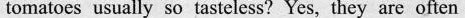
tomatoes usually so tasteless? Yes, they are often